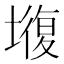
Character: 𡐣